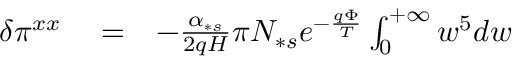
\begin{array} { r l r } { \delta \pi ^ { x x } } & { { } = } & { - \frac { \alpha _ { \ast s } } { 2 q H } \pi N _ { \ast s } e ^ { - \frac { q \Phi } { T } } \int _ { 0 } ^ { + \infty } w ^ { 5 } d w } \end{array}